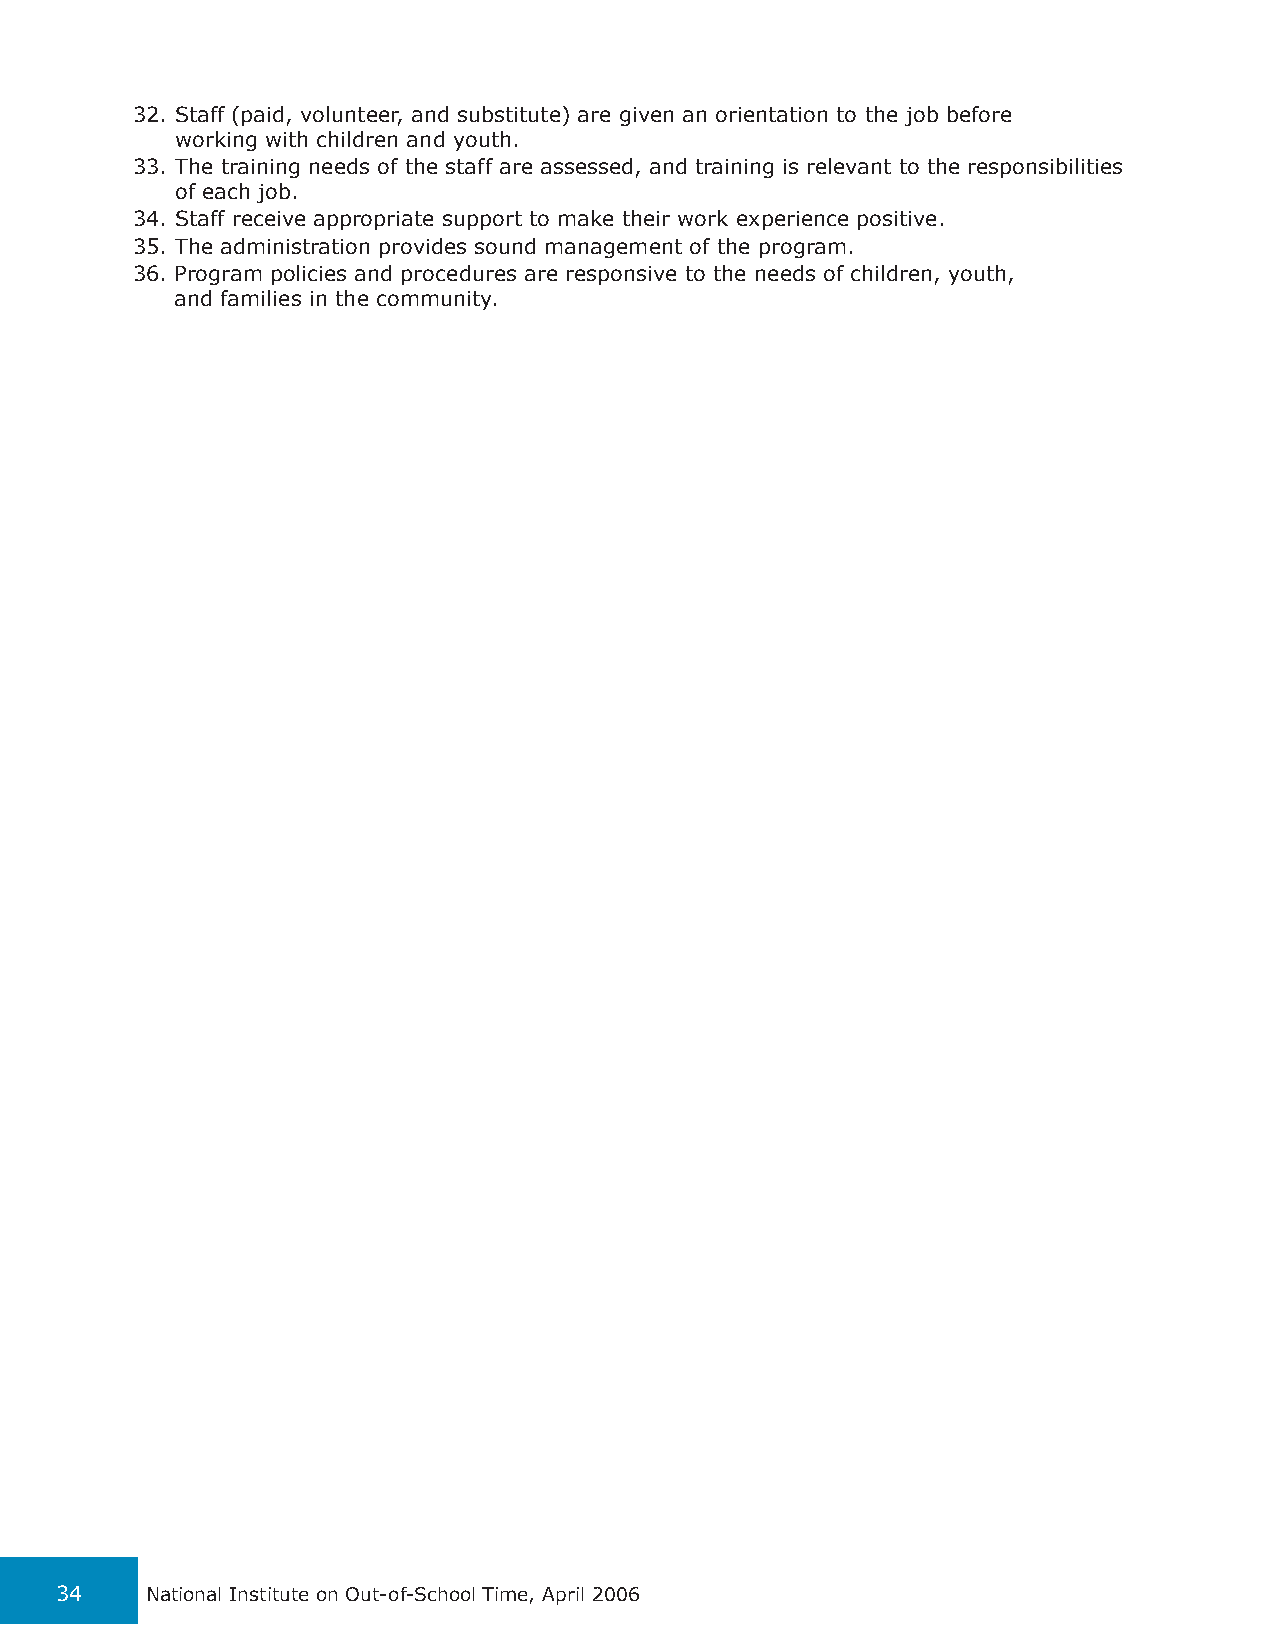
32. Staff (paid, volunteer, and substitute) are given an orientation to the job before
 working with children and youth.
 33. The training needs of the staff are assessed, and training is relevant to the responsibilities
 of each job.
 34. Staff receive appropriate support to make their work experience positive.
 35. The administration provides sound management of the program.
 36. Program policies and procedures are responsive to the needs of children, youth,
 and families in the community.
 34    National Institute on Out-of-School Time, April 2006